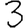
Digit: 3